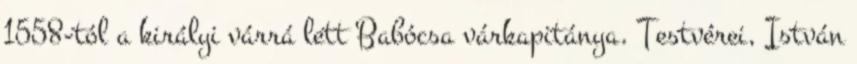
1558-tól a királyi várrá lett Babócsa várkapitánya. Testvérei, István